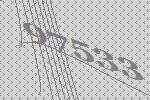
97533